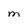
Character: M